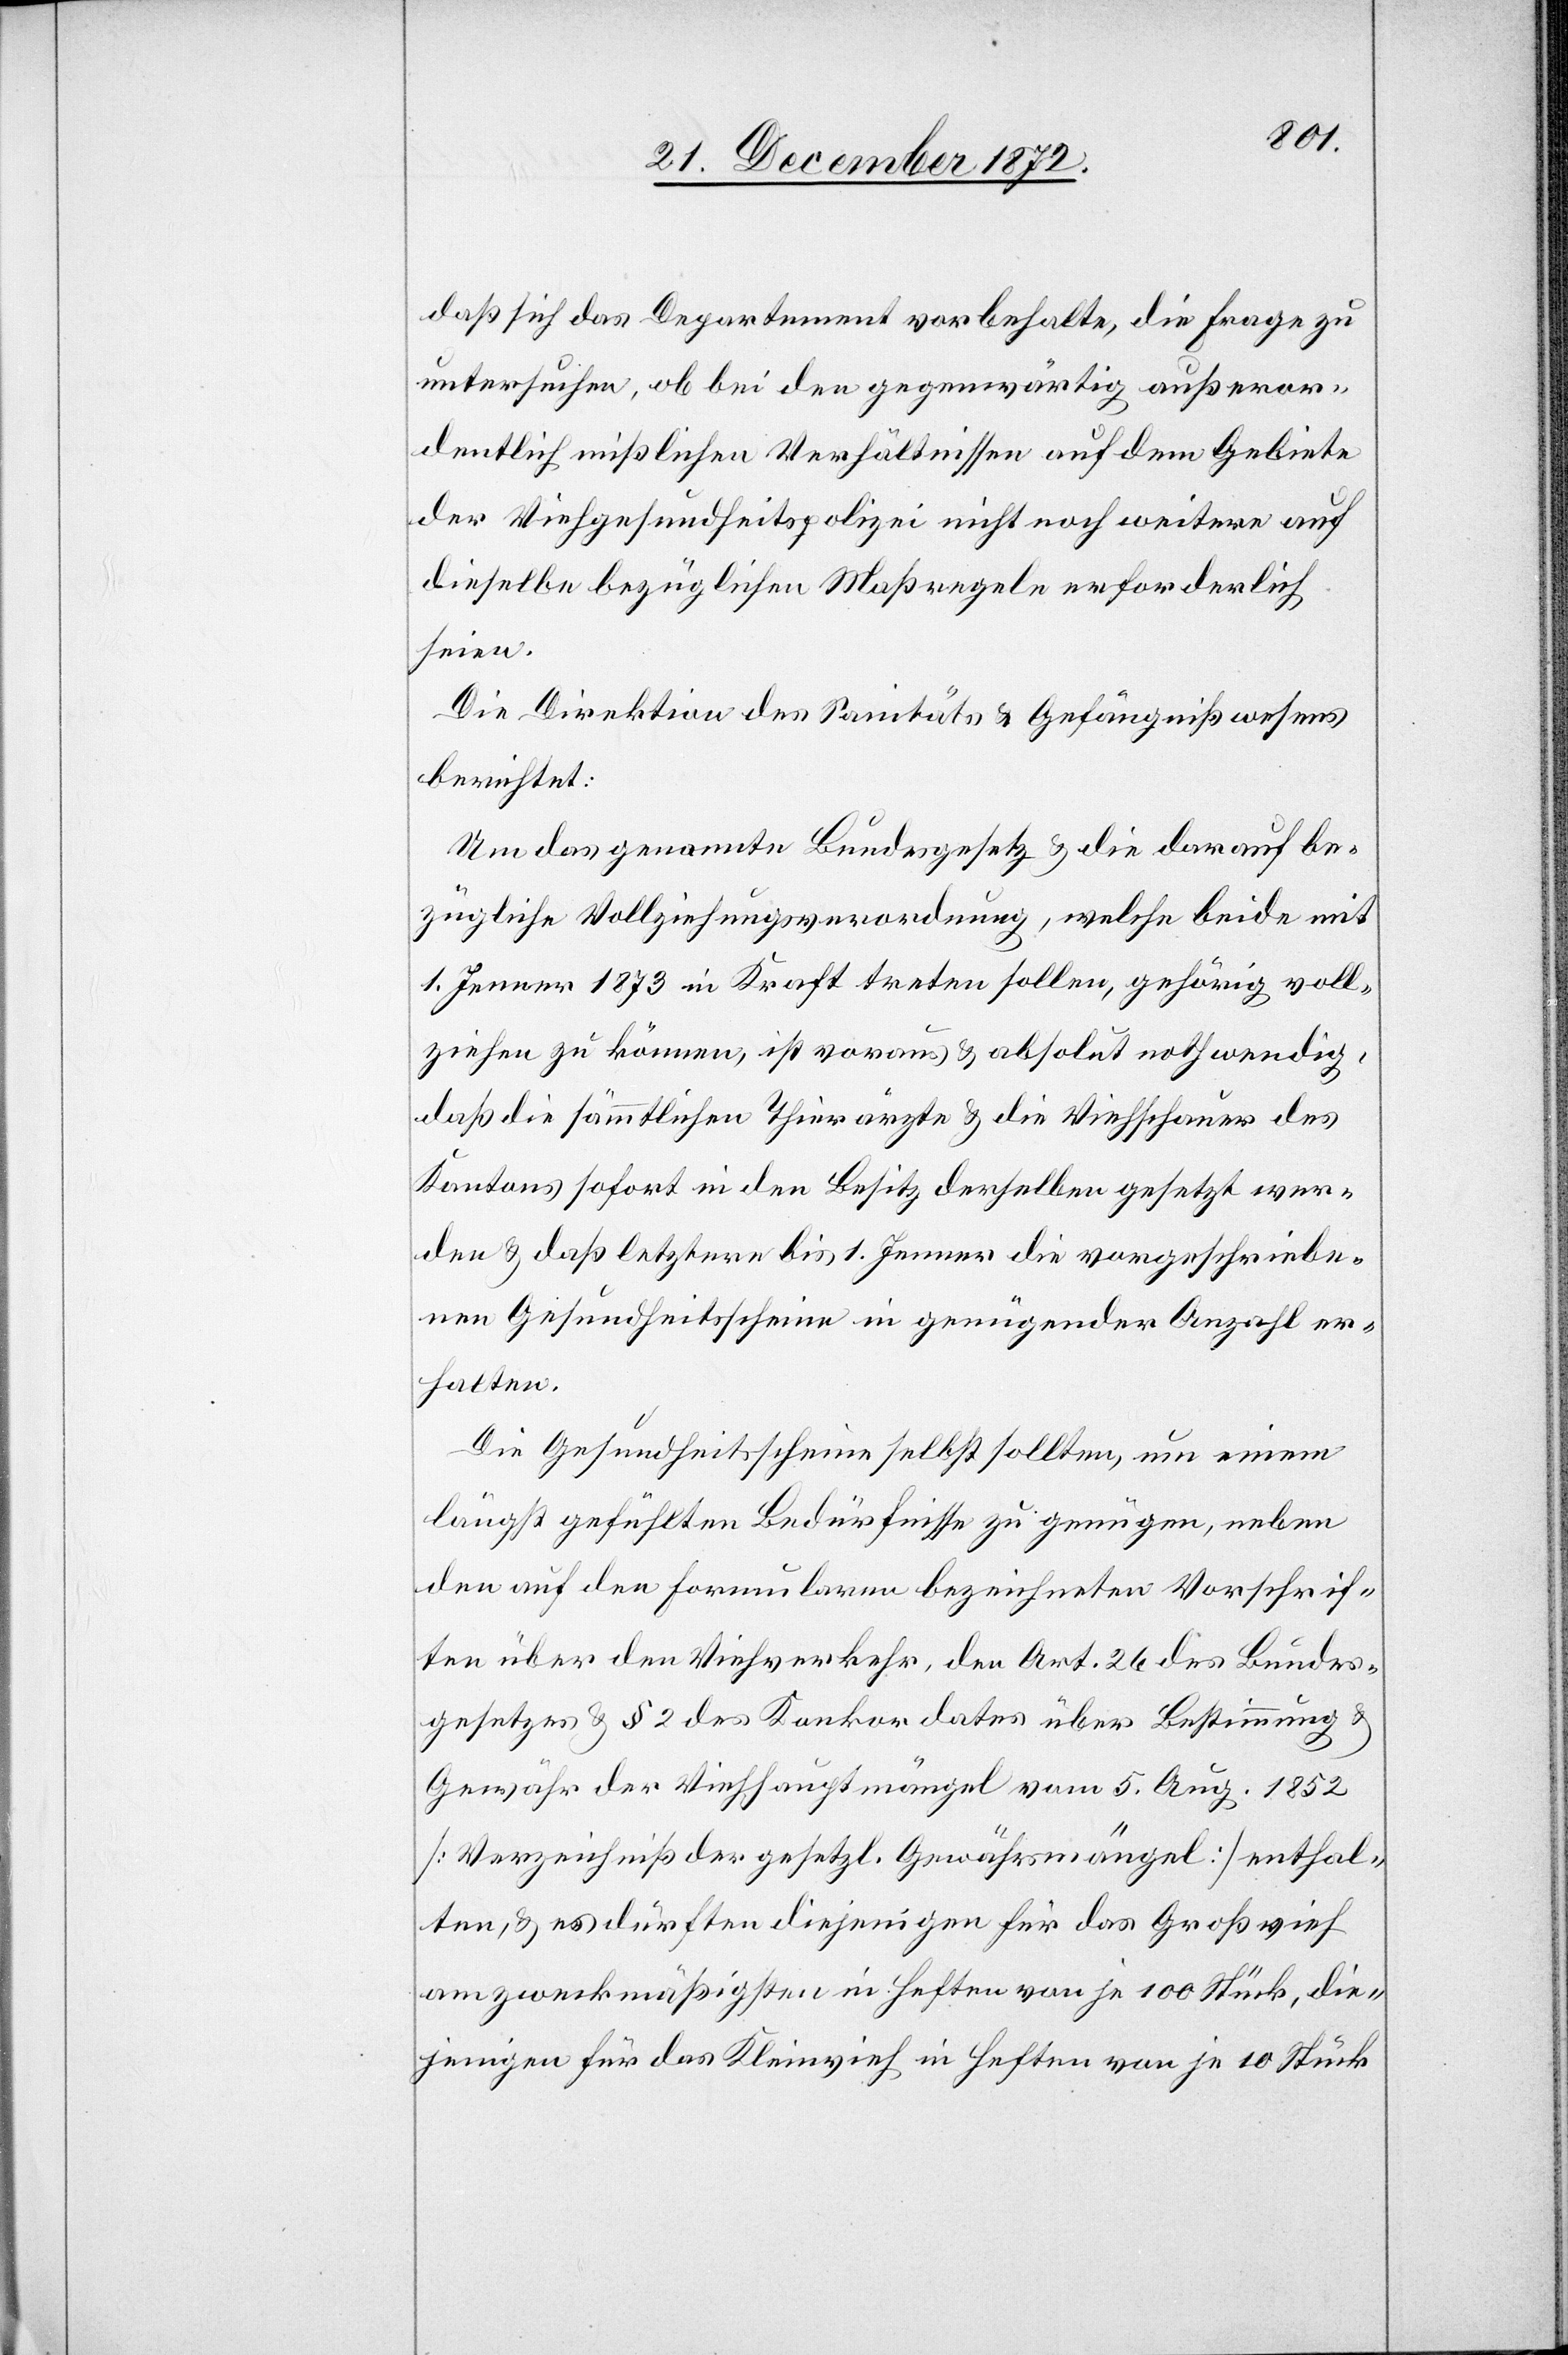
daß sich das Departement vorbehalte, die Frage zu
untersuchen, ob bei den gegenwärtig außeror¬
dentlich mißlichen Verhältnisse auf dem Gebiete
der Viehgesundheitspolizei nicht noch weitere auf
dieselbe bezüglichen Maßregeln erforderlich
seien.
Die Direktion des Sanitäts- u. Gefängnißwesens
berichtet:
Um das genannte Bundesgesetz u. die darauf be¬
zügliche Vollziehungsverordnung, welche beide mit
1. Jenner 1873 in Kraft treten sollen, gehörig voll¬
ziehen zu können, ist voraus u. absolut nothwendig,
daß die sämmtlichen Thierärzte u. die Viehschauer des
Kantons sofort in den Besitz derselben gesetzt wer¬
den u. daß letztere bis 1. Jenner die vorgeschriebe¬
nen Gesundheitsscheine in genügender Anzahl er¬
halten.
Die Gesundheitsscheine selbst sollten, um einem
längst gefühlten Bedürfnisse zu genügen, neben
den auf den Formularen bezeichneten Vorschrif¬
ten über den Viehverkehr, den Art. 26 des Bundes¬
gesetzes u. § 2 des Konkordates über Bestimmung u.
Gewähr der Viehhauptmängel vom 5. Aug. 1852
[Verzeichniß der gesetzl. Gewährsmängel] enthal¬
ten, u. es dürften diejenigen für das Großvieh
am zweckmäßigsten in Heften von je 100 Stück, die¬
jenigen für das Kleinvieh in Heften von je 10 Stück